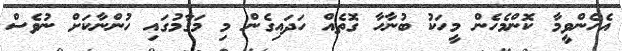
އެހެންވީމާ ކޮންމެހެން މީހަކު ބުނާހާ ގޮތެއް ހަދައިގެން މި މަގާމުގައި ހުންނާކަށް ނުވެސް